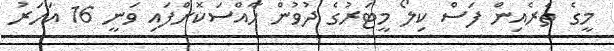
މީގެ ތެރެއިން ފަސް ކިލޯ މީޓަރުގެ ދުވުން ހާއްސަކޮށްފައި ވަނީ 16 އަހަރު